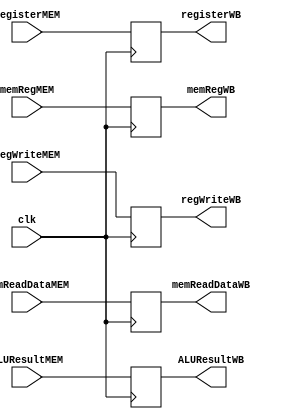
`ifndef MODULE_MEMWB
`define MODULE_MEMWB
`timescale 1ns / 1ps
//////////////////////////////////////////////////////////////////////////////////
// Company: 
// Engineer: 
// 
// Design Name: 
// Module Name: MEMWB
// Project Name: 
// Target Devices: 
// Tool Versions: 
// Description: 
// 
// Dependencies: 
// 
// Revision:
// Revision 0.01 - File Created
// Additional Comments:
// 
//////////////////////////////////////////////////////////////////////////////////


module MEMWB (clk, memReadDataMEM, ALUResultMEM, registerMEM, memRegMEM, regWriteMEM, memReadDataWB, ALUResultWB, registerWB, memRegWB, regWriteWB);
    input clk;
    input[31:0] memReadDataMEM;
    input[31:0] ALUResultMEM;
    input[4:0] registerMEM;
    input memRegMEM;
    input regWriteMEM;

    output reg[31:0] memReadDataWB;
    output reg[31:0] ALUResultWB;
    output reg[4:0] registerWB;
    output reg memRegWB;
    output reg regWriteWB;

    initial begin
        memReadDataWB = 32'b0;
        ALUResultWB = 32'b0;
        registerWB = 5'b0;
        memRegWB = 1'b0;
        regWriteWB = 1'b0;
    end

    always @ (posedge clk) begin
        memReadDataWB <= memReadDataMEM;
        ALUResultWB <= ALUResultMEM;
        registerWB <= registerMEM;
        memRegWB <= memRegMEM;
        regWriteWB <= regWriteMEM;
    end

endmodule

`endif